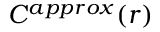
C ^ { a p p r o x } ( r )